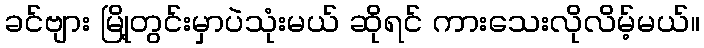
ခင်ဗျား မြို့တွင်းမှာပဲသုံးမယ် ဆိုရင် ကားသေးလိုလိမ့်မယ်။